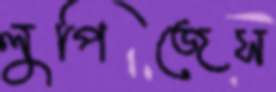
লুপিজেস